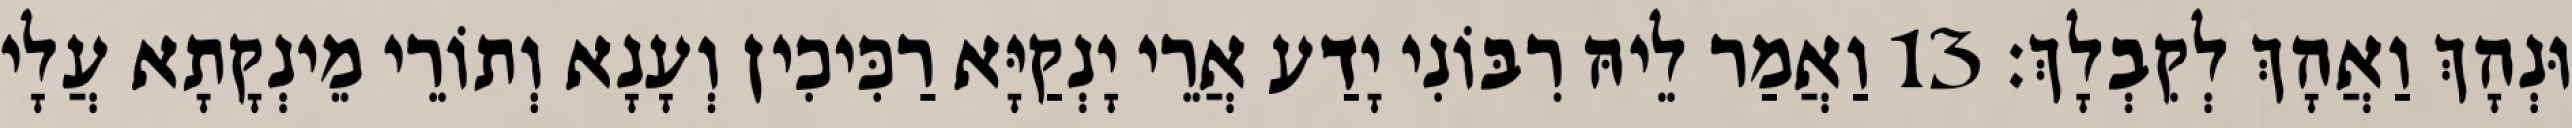
וּנְהָךְ וַאֲהָךְ לְקִבְלָךְ׃ 13 וַאֲמַר לֵיהּ רִבּוֹנִי יָדַע אֲרֵי יָנְקַיָּא רַכִּיכִין וְעָנָא וְתוֹרֵי מֵינְקָתָא עֲלָי